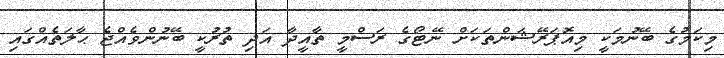
މިކަމުގެ ބޭނުމަކީ މިއޮަޕަރޭޝަންތަކަށް ނޭޓޯގެ ރަސްމީ ތާއީދާ އަދި ތުރުކީ ބޭނުންވެއްޖެ ޙާލަތެއްގައި